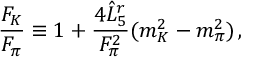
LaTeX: \frac { F _ { K } } { F _ { \pi } } \equiv 1 + \frac { 4 \hat { L } _ { 5 } ^ { r } } { F _ { \pi } ^ { 2 } } ( m _ { K } ^ { 2 } - m _ { \pi } ^ { 2 } ) \, ,